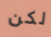
لكن